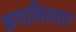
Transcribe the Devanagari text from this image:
कथाविस्तार